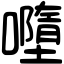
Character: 𡃏